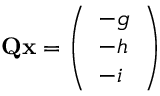
\mathbf { Q } \mathbf { x } = \left( \begin{array} { l } { - g } \\ { - h } \\ { - i } \end{array} \right)